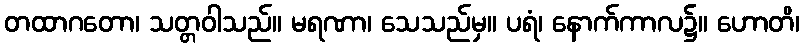
တထာဂတော၊ သတ္တဝါသည်။ မရဏာ၊ သေသည်မှ။ ပရံ၊ နောက်ကာလ၌။ ဟောတိ၊